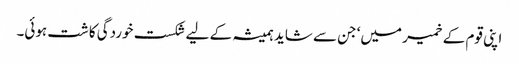
اپنی قوم کے خمیر میں‘ جن سے شاید ہمیشہ کے لیے شکست خوردگی کاشت ہوئی۔